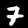
Label: 7